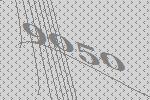
9050